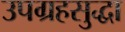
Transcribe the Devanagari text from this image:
उपग्रहसुद्धा